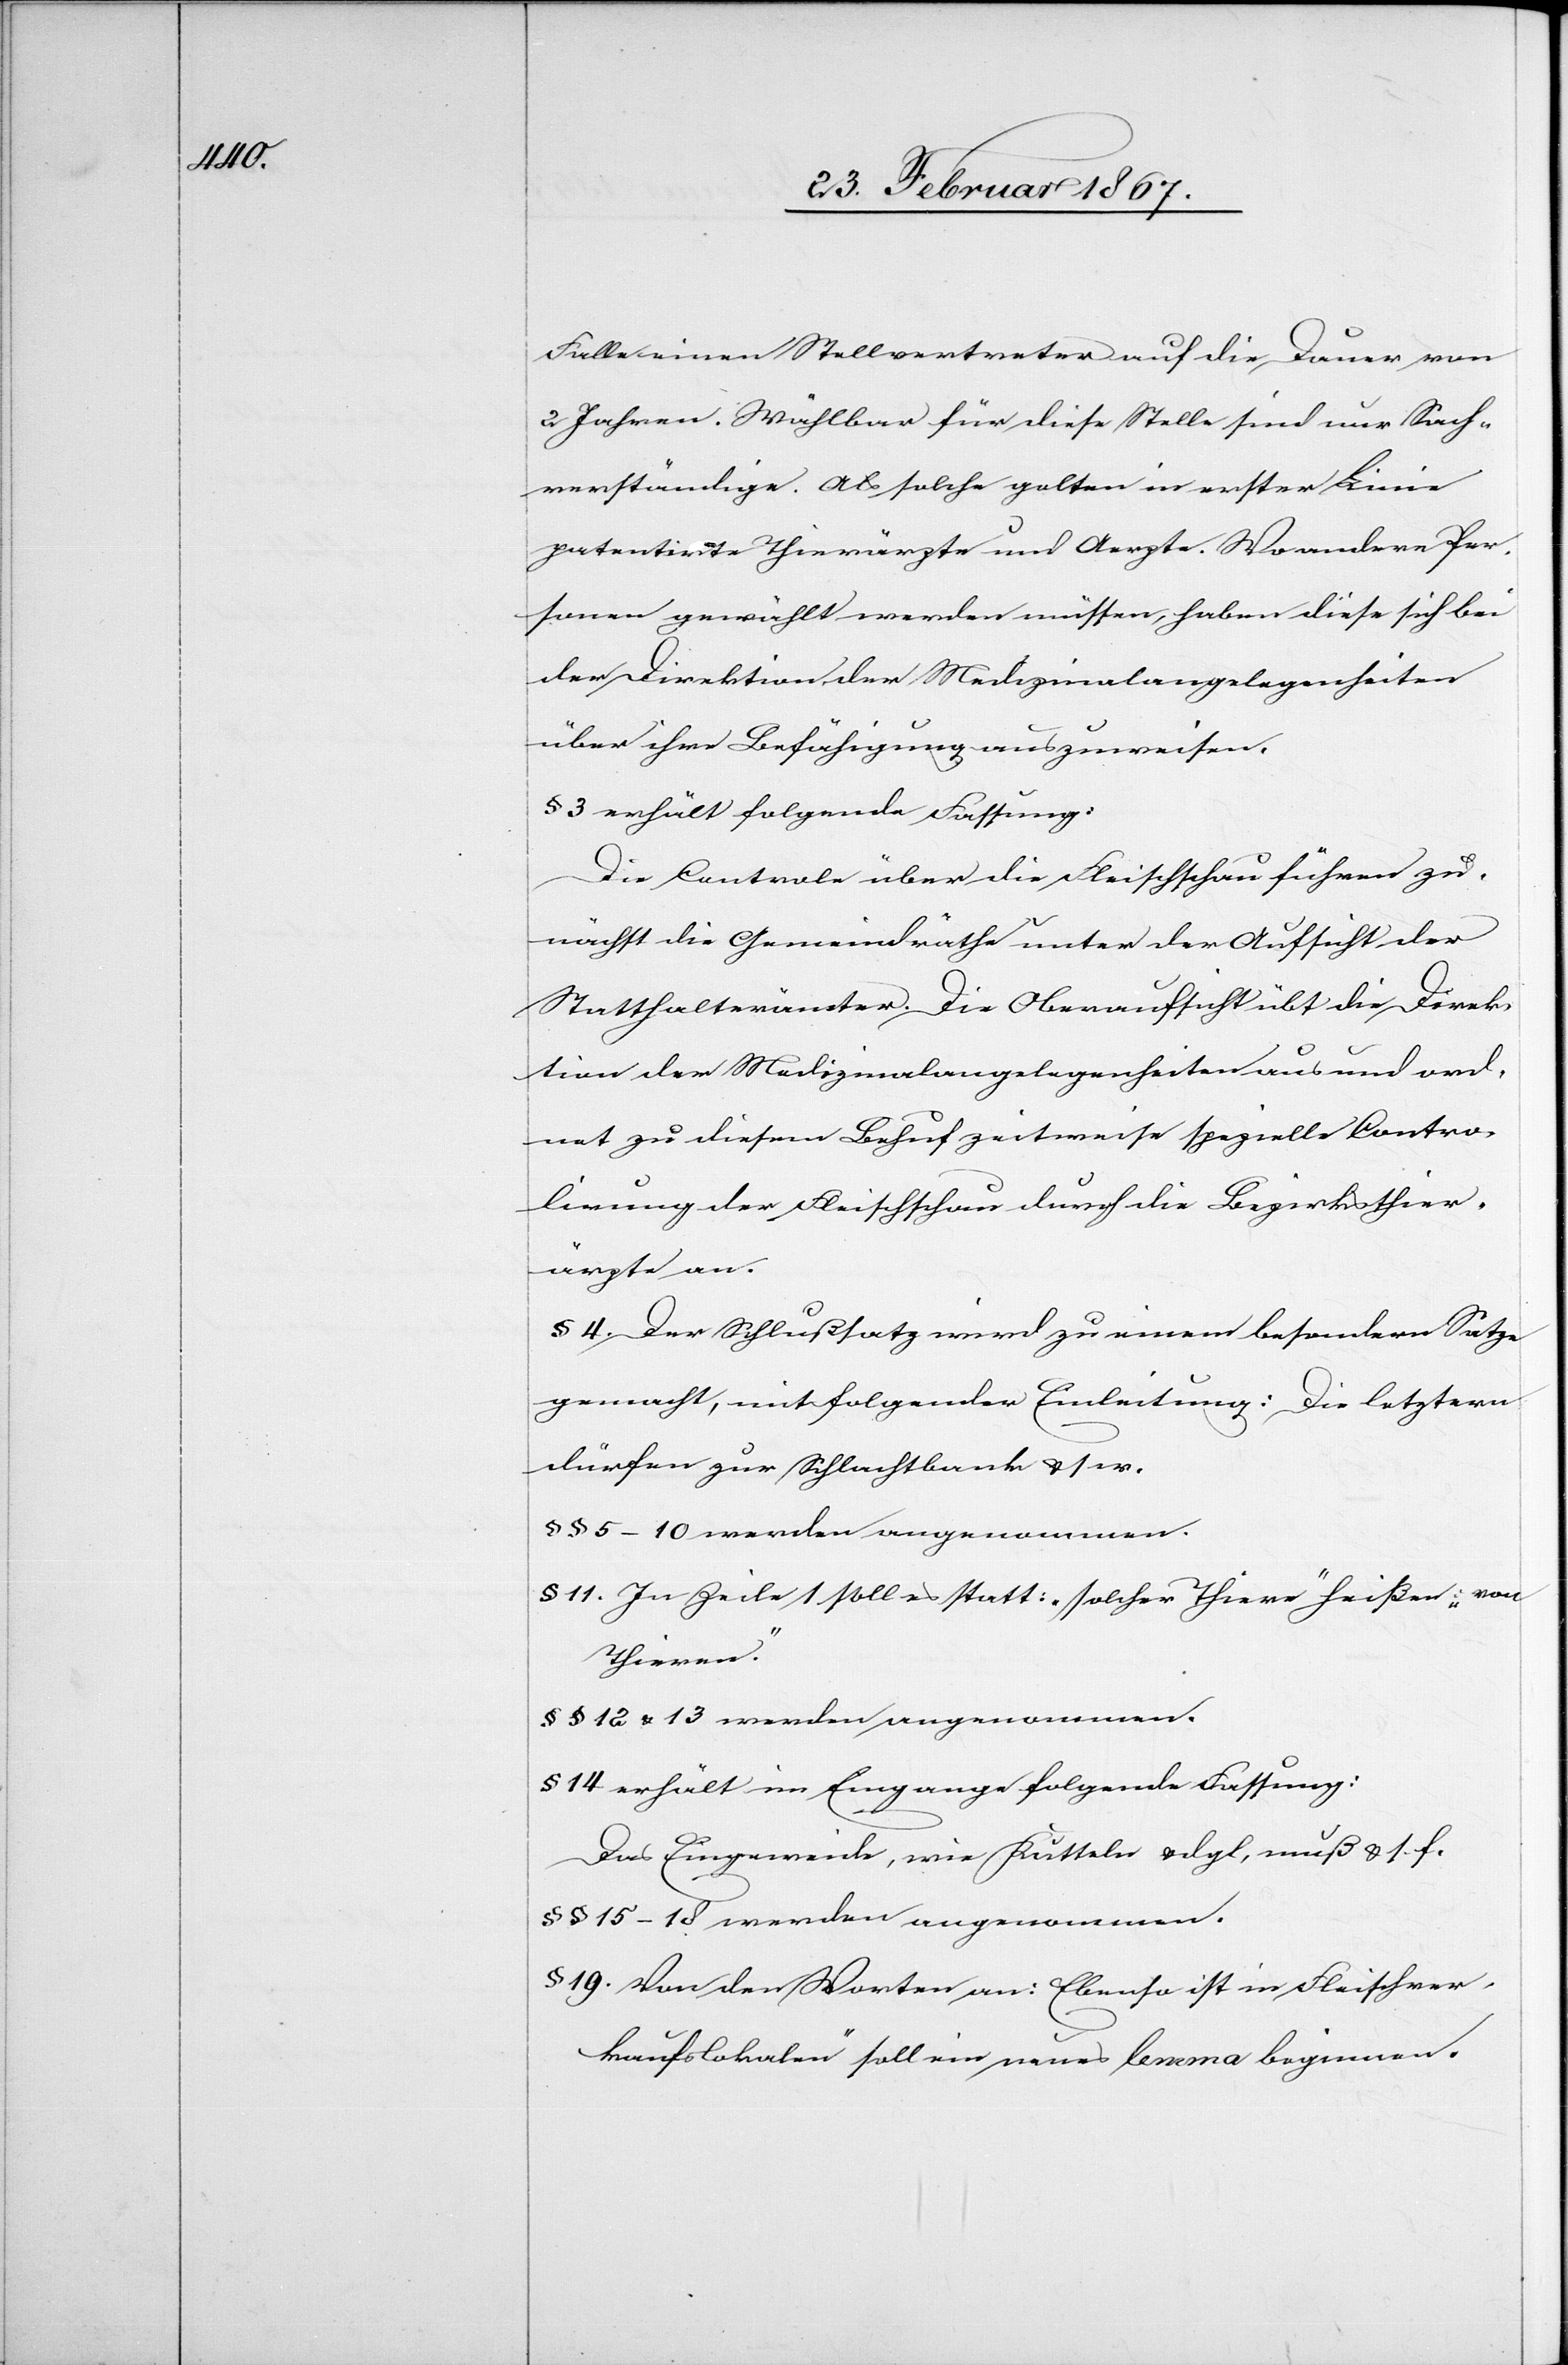
Falle einen Stellvertreter auf die Dauer von
2 Jahren. Wählbar für diese Stelle sind nur Sach¬
verständige. Als solche gelten in erster Linie
patentirte Thierärzte und Aerzte. Wo andere Per¬
sonen gewählt werden müssen, haben diese sich bei
der Direktion der Medizinalangelegenheiten
über ihre Befähigung auszuweisen.
§ 3 erhält folgende Fassung:
Die Controle über die Fleischschau führen zu¬
nächst die Gemeindräthe unter der Aufsicht der
Statthalterämter. Die Oberaufsicht übt die Direk¬
tion der Medizinalangelegenheiten aus und ord¬
net zu diesem Behuf zeitweise spezielle Contro¬
lirung der Fleischschau durch die Bezirksthier¬
ärzte an.
§ 4 Der Schlußsatz wird zu einem besondern Satze
gemacht, mit folgender Einleitung: Die letztern
dürfen zur Schlachtbank u. s. w.
§§ 5–10 werden angenommen.
§ 11 In Zeile 1 soll es statt: „solcher Thiere“ heißen: „von
Thieren“.
§§ 12 u. 13 werden angenommen.
§ 14 erhält im Eingange folgende Fassung:
Das Eingeweide, wie Kutteln u. dgl, muß u. s. f.
§ 15–18 werden angenommen.
§ 19 Von den Worten an: [„] Ebenso ist in Fleischver¬
kaufslokalen“ soll ein neues lemma beginnen.